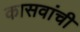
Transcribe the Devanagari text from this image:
कासवांची